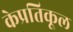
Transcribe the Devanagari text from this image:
केप्रतिकूल